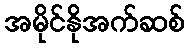
အမိုင်နိုအက်ဆစ်